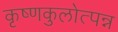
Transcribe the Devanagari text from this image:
कृष्णकुलोत्पन्न